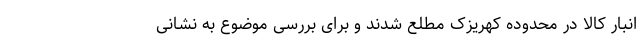
انبار کالا در محدوده کهریزک مطلع شدند و برای بررسی موضوع به نشانی